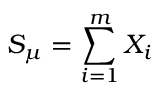
S _ { \mu } = \sum _ { i = 1 } ^ { m } X _ { i }